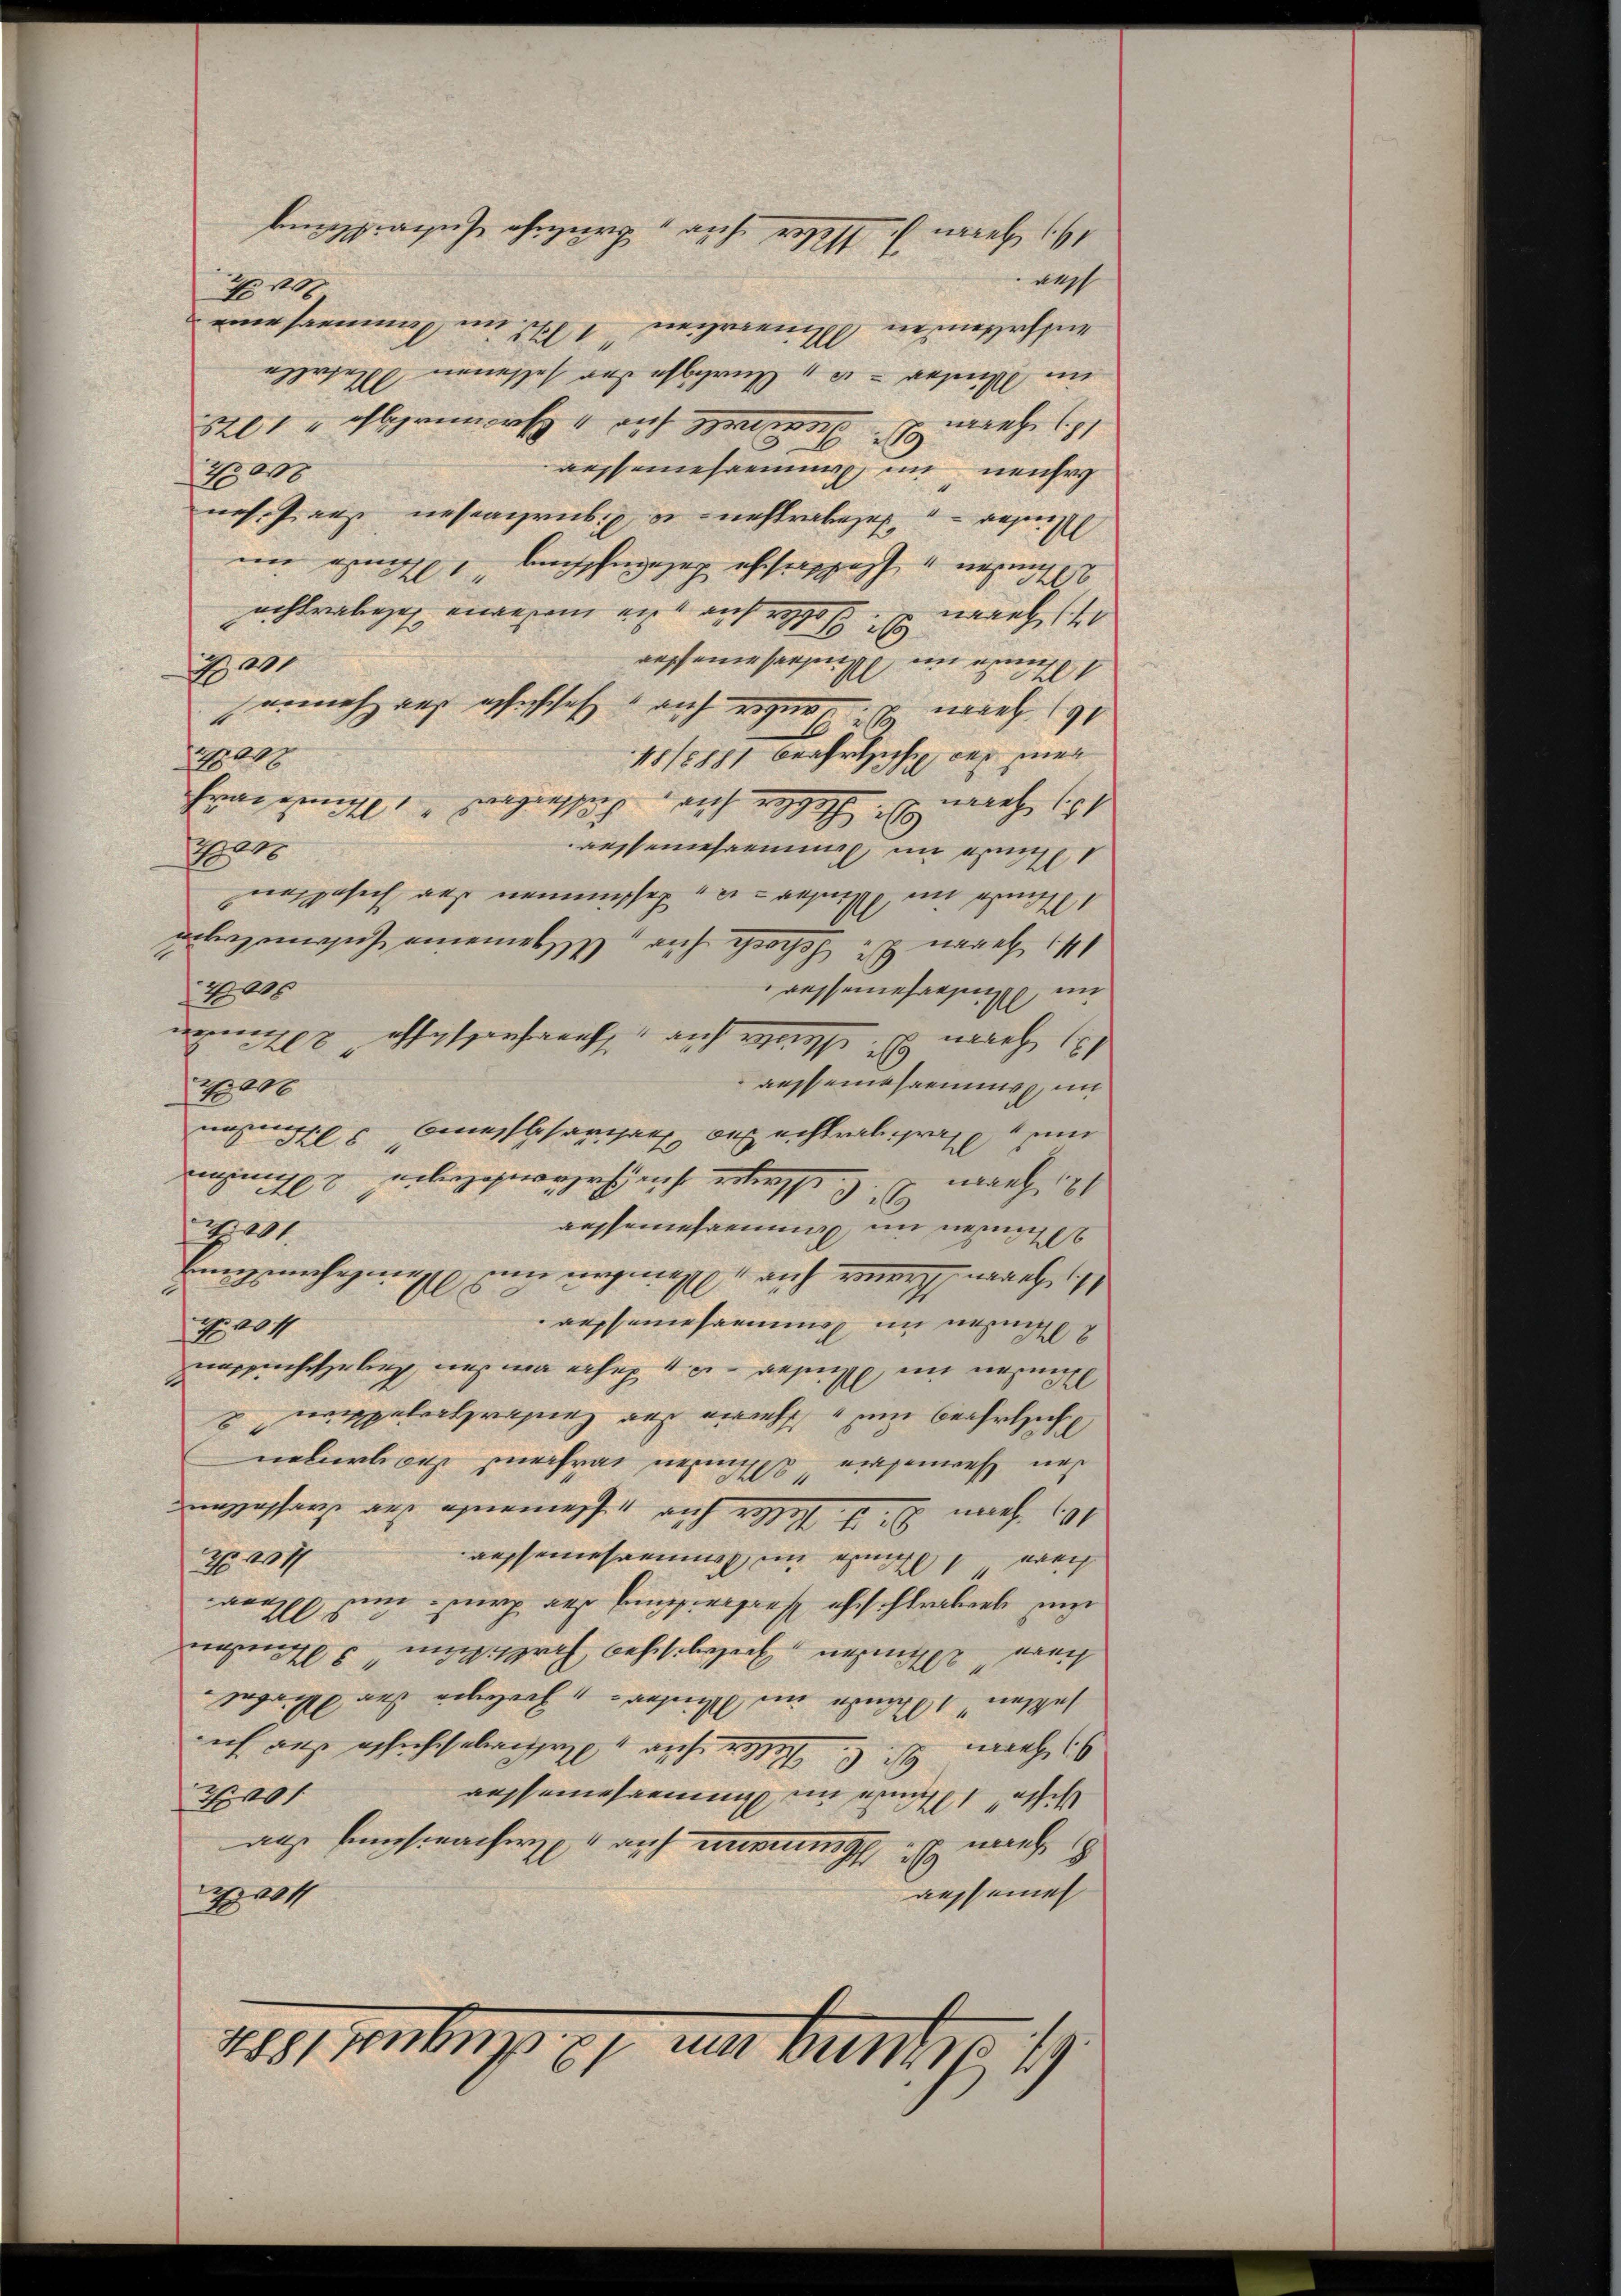
mich

nach
H 10
 e nehme
 esse des

esa in neue
7/8 000
wesene Bes

   aus |
naach 140

1
eh das sche auch wenn man
1200
1815451 besetzes des einen
 es auch nach
see in
1808

   a
assenhang in
4000
 en auch es nach
Aemten in
2800 x
um
 echtl
2
 e g mach

1
  es auch nach
sa
104
w
was auch um Behelich
  , eingenes nur
 m auch nach
ees we
H. No 1
   es schlecht un
  bewe

   auch ich macht

01
 sache auch wenn nach
auseinen
04
1291 einge. 91 um Brustsp. 19